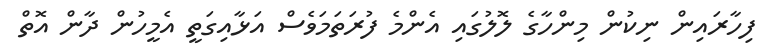
ފިހާރައިން ނިކުން މިންހާގެ ލޮލުގައި އެންމެ ފުރަތަމަވެސް އަޅާއިގަތީ އެމީހުން ދާން އޮތް